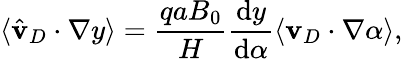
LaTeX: \langle\hat{\mathbf{v}}_{D}\cdot\nabla y\rangle=\frac{qaB_{0}}{H}\frac{\mathrm{d}y}{\mathrm{d}\alpha}\langle\mathbf{v}_{D}\cdot\nabla\alpha\rangle,